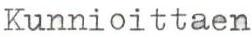
Kunnioittaen